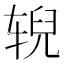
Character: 𫐐